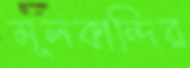
মূলকান্দির